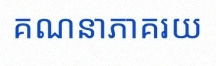
គណនាភាគរយ